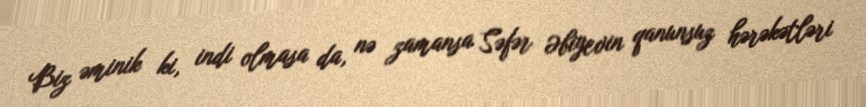
Biz əminik ki, indi olmasa da, nə zamansa Səfər Əbiyevin qanunsuz hərəkətləri